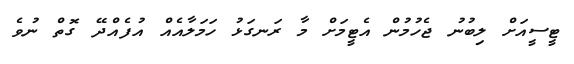
ޓީސީއަށް ލިބުނު ޖެހުމުން އެޓީމަށް މާ ރަނގަޅު ހަމަލާއެއް އުފެއްދޭ ގޮތް ނުވެ